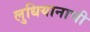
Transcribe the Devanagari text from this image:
लुधियानाची